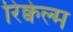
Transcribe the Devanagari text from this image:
रिक्वेल्म